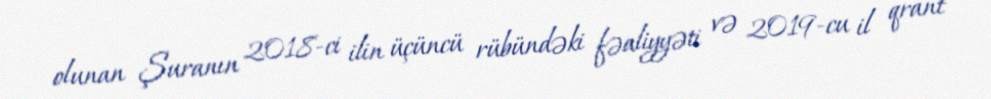
olunan Şuranın 2018-ci ilin üçüncü rübündəki fəaliyyəti və 2019-cu il qrant